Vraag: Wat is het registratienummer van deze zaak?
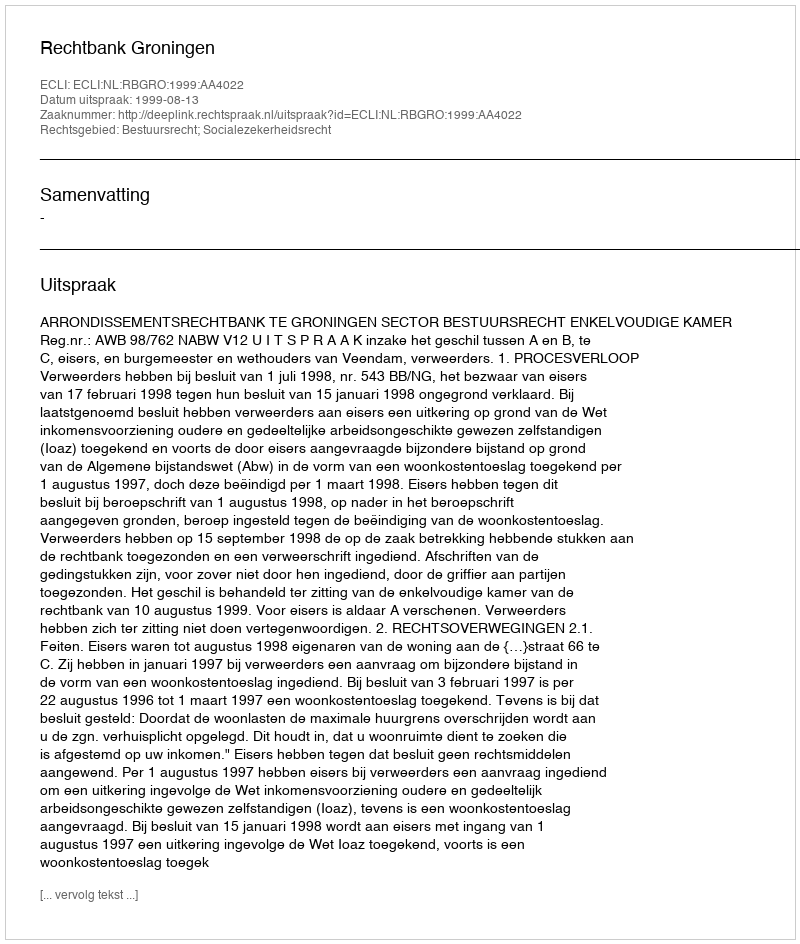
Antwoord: http://deeplink.rechtspraak.nl/uitspraak?id=ECLI:NL:RBGRO:1999:AA4022